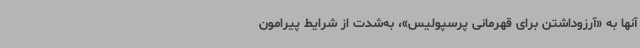
آنها به «آرزوداشتن برای قهرمانی پرسپولیس»، به‌شدت از شرایط پیرامون